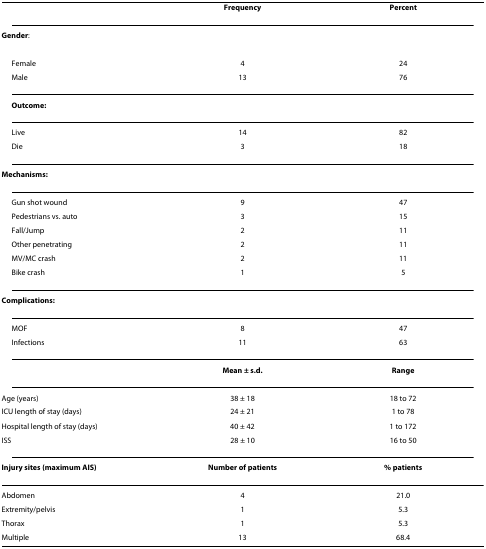
|  | Frequency | Percent |
 | --- | --- | --- |
 | Gender: |  |  |
 | Female | 4 | 24 |
 | Male | 13 | 76 |
 | Outcome: |  |  |
 | Live | 14 | 82 |
 | Die | 3 | 18 |
 | Mechanisms: |  |  |
 | Gun shot wound | 9 | 47 |
 | Pedestrians vs. auto | 3 | 15 |
 | Fall/Jump | 2 | 11 |
 | Other penetrating | 2 | 11 |
 | MV/MC crash | 2 | 11 |
 | Bike crash | 1 | 5 |
 | Complications: |  |  |
 | MOF | 8 | 47 |
 | Infections | 11 | 63 |
 |  | Mean ± s.d. | Range |
 | Age (years) | 38 ± 18 | 18 to 72 |
 | ICU length of stay (days) | 24 ± 21 | 1 to 78 |
 | Hospital length of stay (days) | 40 ± 42 | 1 to 172 |
 | ISS | 28 ± 10 | 16 to 50 |
 | Injury sites (maximum AIS) | Number of patients | % patients |
 | Abdomen | 4 | 21.0 |
 | Extremity/pelvis | 1 | 5.3 |
 | Thorax | 1 | 5.3 |
 | Multiple | 13 | 68.4 |